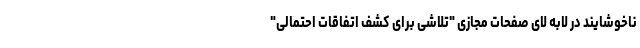
ناخوشایند در لابه لای صفحات مجازی "تلاشی برای کشف اتفاقات احتمالی"